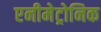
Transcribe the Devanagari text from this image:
एनीमेट्रोनिक